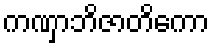
ကဏှာဘိဇာတိကော